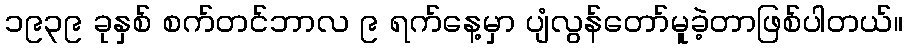
၁၉၃၉ ခုနှစ် စက်တင်ဘာလ ၉ ရက်နေ့မှာ ပျံလွန်တော်မူခဲ့တာဖြစ်ပါတယ်။